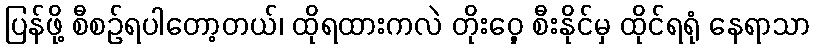
ပြန်ဖို့ စီစဉ်ရပါတော့တယ်၊ ထိုရထားကလဲ တိုးဝှေ့ စီးနိုင်မှ ထိုင်ရရုံ နေရာသာ